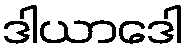
ဒါယာဒေါ